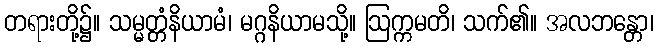
တရားတို့၌။ သမ္မတ္တံနိယာမံ၊ မဂ္ဂနိယာမသို့။ ဩက္ကမတိ၊ သက်၏။ အလဘန္တော၊